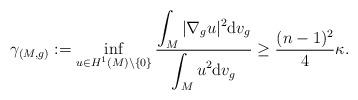
LaTeX: \begin{align*}\gamma_{(M,g)}:=\inf_{u\in H^1(M)\setminus \{0\}}\frac{\displaystyle\int_M |\nabla_g u|^2{\rm d}v_g}{\displaystyle\int_M u^2{\rm d}v_g}\geq \frac{(n-1)^2}{4}\kappa.\end{align*}